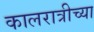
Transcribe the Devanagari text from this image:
कालरात्रीच्या